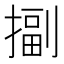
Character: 㨽